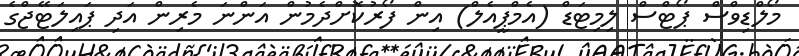
މޯލްޑިވްސް ޕޯޓްސް ލިމިޓަޑް (އެމްޕީއެލް) އިން ފޯރުކޮށްދެމުން އަންނަ މެރިން އަދި ޕައިލަޓޭޖްގެ